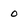
Character: 0